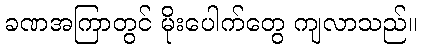
ခဏအကြာတွင် မိုးပေါက်တွေ ကျလာသည်။